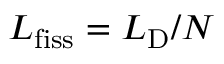
L _ { \mathrm { f i s s } } = L _ { \mathrm { D } } / N